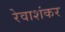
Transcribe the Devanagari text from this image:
रेवाशंकर